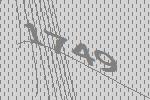
1749